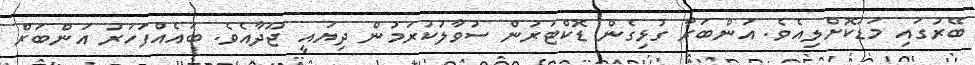
ބޭރުގައި މަޑުކޮށްލިއެވެ. އަންބަރާ ގުޅިގެން ޑޮކްޓަރުން ސުވާލުކުރަމުން ދިޔައީ ޖޫދާއެވެ. ބައެއްފަހަރު އަންބަރް